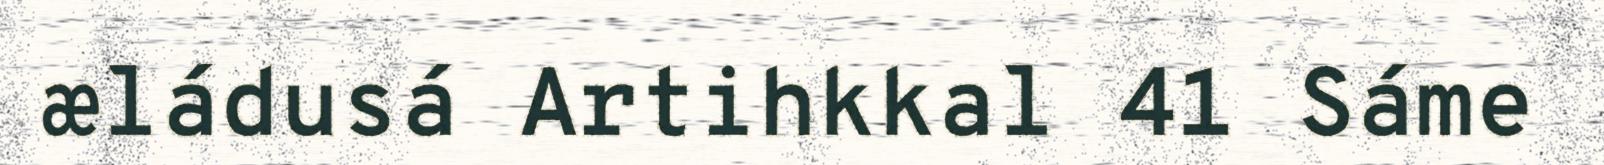
æládusá Artihkkal 41 Sáme